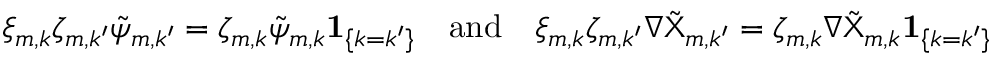
\begin{array} { r } { \xi _ { m , k } \zeta _ { m , k ^ { \prime } } \tilde { \psi } _ { m , k ^ { \prime } } = \zeta _ { m , k } \tilde { \psi } _ { m , k } { \mathbf { 1 } } _ { \{ k = k ^ { \prime } \} } \quad \mathrm { a n d } \quad \xi _ { m , k } \zeta _ { m , k ^ { \prime } } \nabla \tilde { \Chi } _ { m , k ^ { \prime } } = \zeta _ { m , k } \nabla \tilde { \Chi } _ { m , k } { \mathbf { 1 } } _ { \{ k = k ^ { \prime } \} } } \end{array}